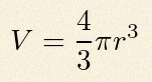
V=\frac43\pi r^3